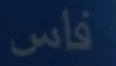
فاس